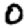
Digit: 0